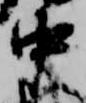
中